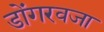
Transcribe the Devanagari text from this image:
डोंगरवजा